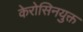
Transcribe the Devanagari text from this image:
केरोसिनयुक्त